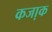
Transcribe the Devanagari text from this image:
कजा़क